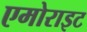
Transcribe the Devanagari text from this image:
एमोराइट